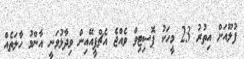
ފުލޫއަށް އިތުރު 23 މީހަކު ޕޮސިޓިވް ވެއްޖެ އެޗްޕީއޭއިން ވިދާޅުވަނީ އާންމު ހާލަތެއް